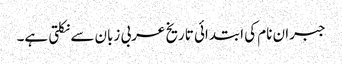
جبران نام کی ابتدائی تاریخ عربی زبان سے نکلتی ہے۔